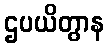
ဌပယိတွာန